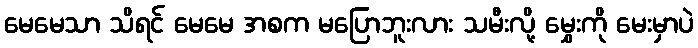
မေမေသာ သိရင် မေမေ အစက မပြောဘူးလား သမီးလို့ မွှေးကို မေးမှာပဲ